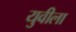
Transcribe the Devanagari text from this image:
युवीला